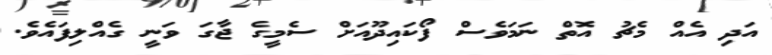
އަދި އެއް މެޗު އޮތް ނަމަވެސް ފޯކައިދޫއަށް ސެމީގެ ޖާގަ ވަނީ ގެއްލިފައެވެ.